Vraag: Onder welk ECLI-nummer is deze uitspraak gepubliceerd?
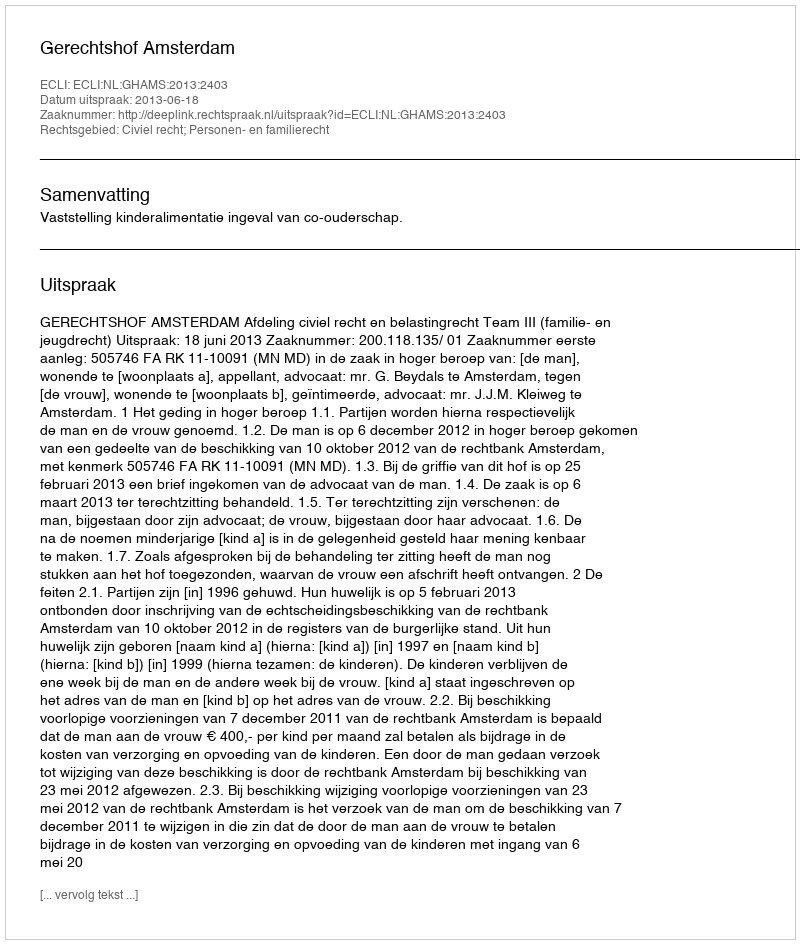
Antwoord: ECLI:NL:GHAMS:2013:2403